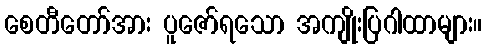
စေတီတော်အား ပူဇော်ရသော အကျိုးပြဂါထာများ။